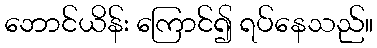
ဘောင်ယိန်း ကြောင်၍ ရပ်နေသည်။